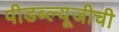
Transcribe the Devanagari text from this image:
पीडब्ल्यूजीची